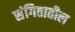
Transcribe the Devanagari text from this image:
संगितातील